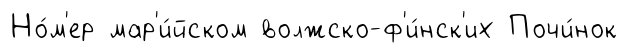
Но́м'ер мар'и́йском волжско-ф'и́нск'их Почи́нок